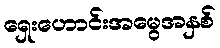
ရှေးဟောင်းအမွေအနှစ်